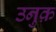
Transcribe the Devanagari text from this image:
उनुक़